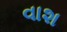
વાશ